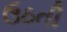
ઉઠતી